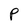
Character: P